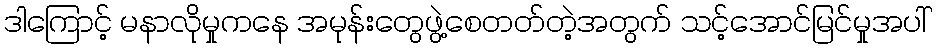
ဒါကြောင့် မနာလိုမှုကနေ အမုန်းတွေဖွဲ့စေတတ်တဲ့အတွက် သင့်အောင်မြင်မှုအပါ်